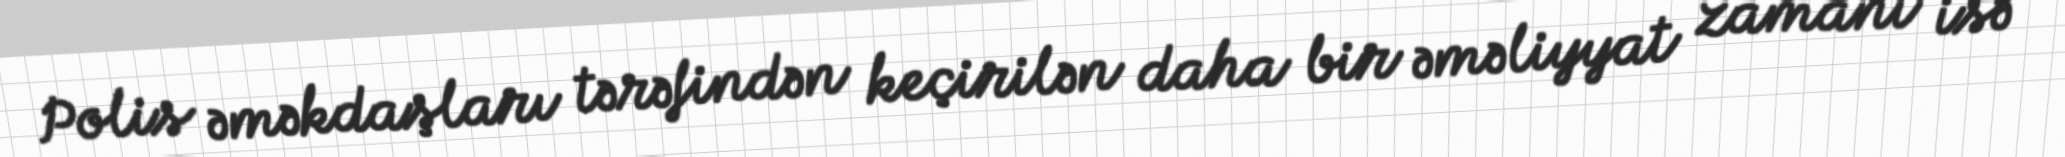
Polis əməkdaşları tərəfindən keçirilən daha bir əməliyyat zamanı isə